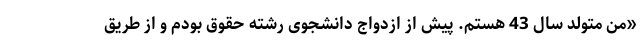
«من متولد سال 43 هستم. پیش از ازدواج دانشجوی رشته حقوق بودم و از طریق